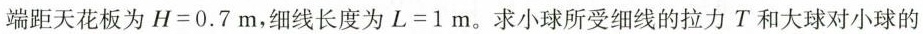
端距天花板为$$H = 0 . 7$$m，细线长度为$$L = 1$$m。求小球所受细线的拉力T和大球对小球的